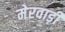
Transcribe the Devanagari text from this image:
मेरवाड़ी